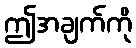
ဤအချက်ကို